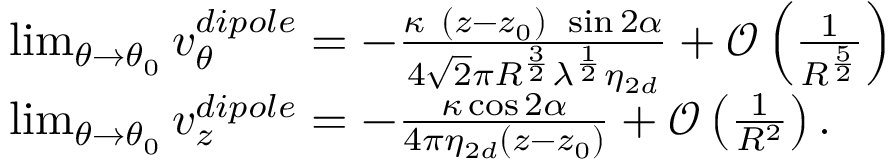
\begin{array} { r l } & { \operatorname* { l i m } _ { \theta \rightarrow \theta _ { 0 } } v _ { \theta } ^ { d i p o l e } = - \frac { \kappa ~ ( z - z _ { 0 } ) ~ \sin 2 \alpha } { 4 \sqrt { 2 } \pi R ^ { \frac { 3 } { 2 } } \lambda ^ { \frac { 1 } { 2 } } \eta _ { 2 d } } + \mathcal { O } \left( \frac { 1 } { R ^ { \frac { 5 } { 2 } } } \right) } \\ & { \operatorname* { l i m } _ { \theta \rightarrow \theta _ { 0 } } v _ { z } ^ { d i p o l e } = - \frac { \kappa \cos 2 \alpha } { 4 \pi \eta _ { 2 d } ( z - z _ { 0 } ) } + \mathcal { O } \left( \frac { 1 } { R ^ { 2 } } \right) . } \end{array}